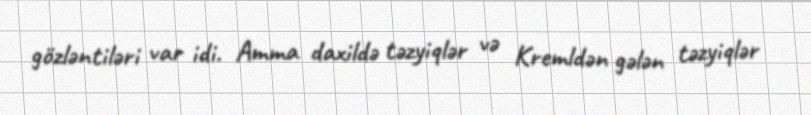
gözləntiləri var idi. Amma daxildə təzyiqlər və Kremldən gələn təzyiqlər